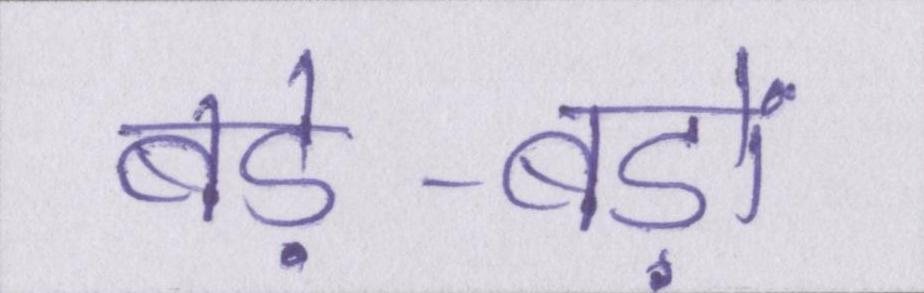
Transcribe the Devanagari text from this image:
बड़े-बड़ों